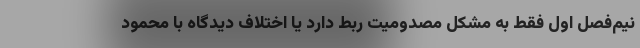
نیم‌فصل اول فقط به مشکل مصدومیت ربط دارد یا اختلاف دیدگاه با محمود